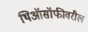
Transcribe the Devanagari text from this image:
थिऑसॉफीवरील